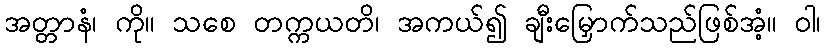
အတ္တာနံ၊ ကို။ သစေ တက္ကယတိ၊ အကယ်၍ ချီးမြှောက်သည်ဖြစ်အံ့။ ဝါ၊